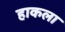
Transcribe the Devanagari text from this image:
हाकला